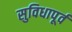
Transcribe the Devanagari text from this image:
सुविधापूर्व